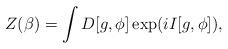
LaTeX: \begin{align*}Z(\beta )=\int D[g,\phi]\exp (i I [g,\phi ]) ,\end{align*}